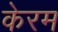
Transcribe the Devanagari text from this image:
केरम